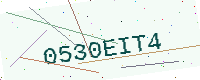
Text: 0530EIT4